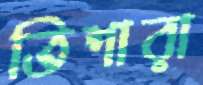
তিশারা